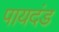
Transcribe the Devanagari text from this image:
पायदंड